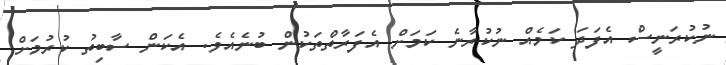
ނުކުރަނީސް އެފަދަ ކަމެއް ނުކުރާނެ ކަމަށް އެފަރާތްތަކުން ބުނެއެވެ. އެކަން ސާބިތު ކުރުމަށް